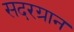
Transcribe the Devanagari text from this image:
सदरग्रान